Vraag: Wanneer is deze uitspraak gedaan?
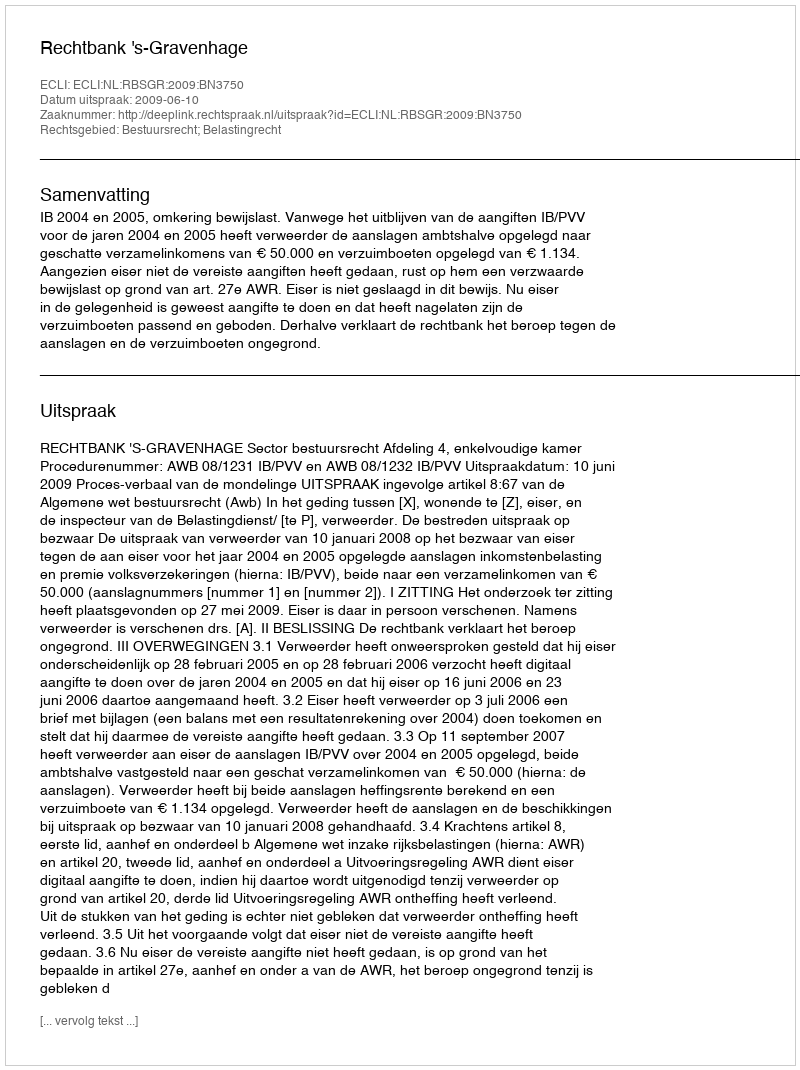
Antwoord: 2009-06-10